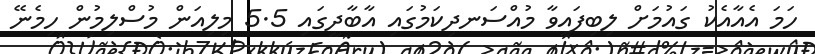
ހަމަ އެއާއެކު ގައުމަށް ލިބިފައިވާ މުއްސަނދިކަމުގައި އާބާދީގައި 5.5 މިލިއަން މުސްލިމުން ހިމެނޭ